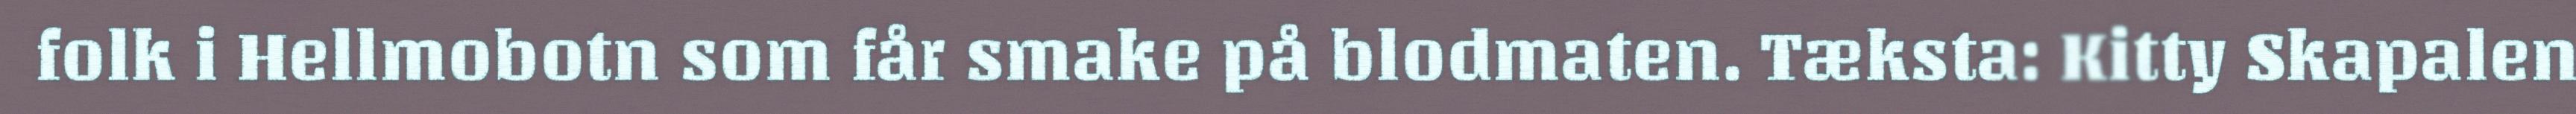
folk i Hellmobotn som får smake på blodmaten. Tæksta: Kitty Skapalen